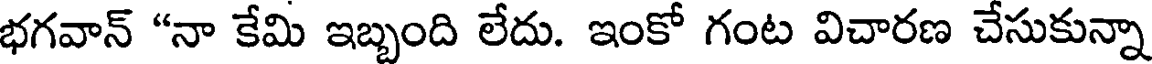
భగవాన్ "నా కేమి ఇబ్బంది లేదు. ఇంకో గంట విచారణ చేసుకున్నా